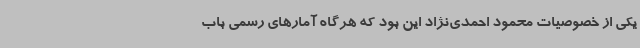
یکی از خصوصیات محمود احمدی‌نژاد این بود که هرگاه آمارهای رسمی باب‌